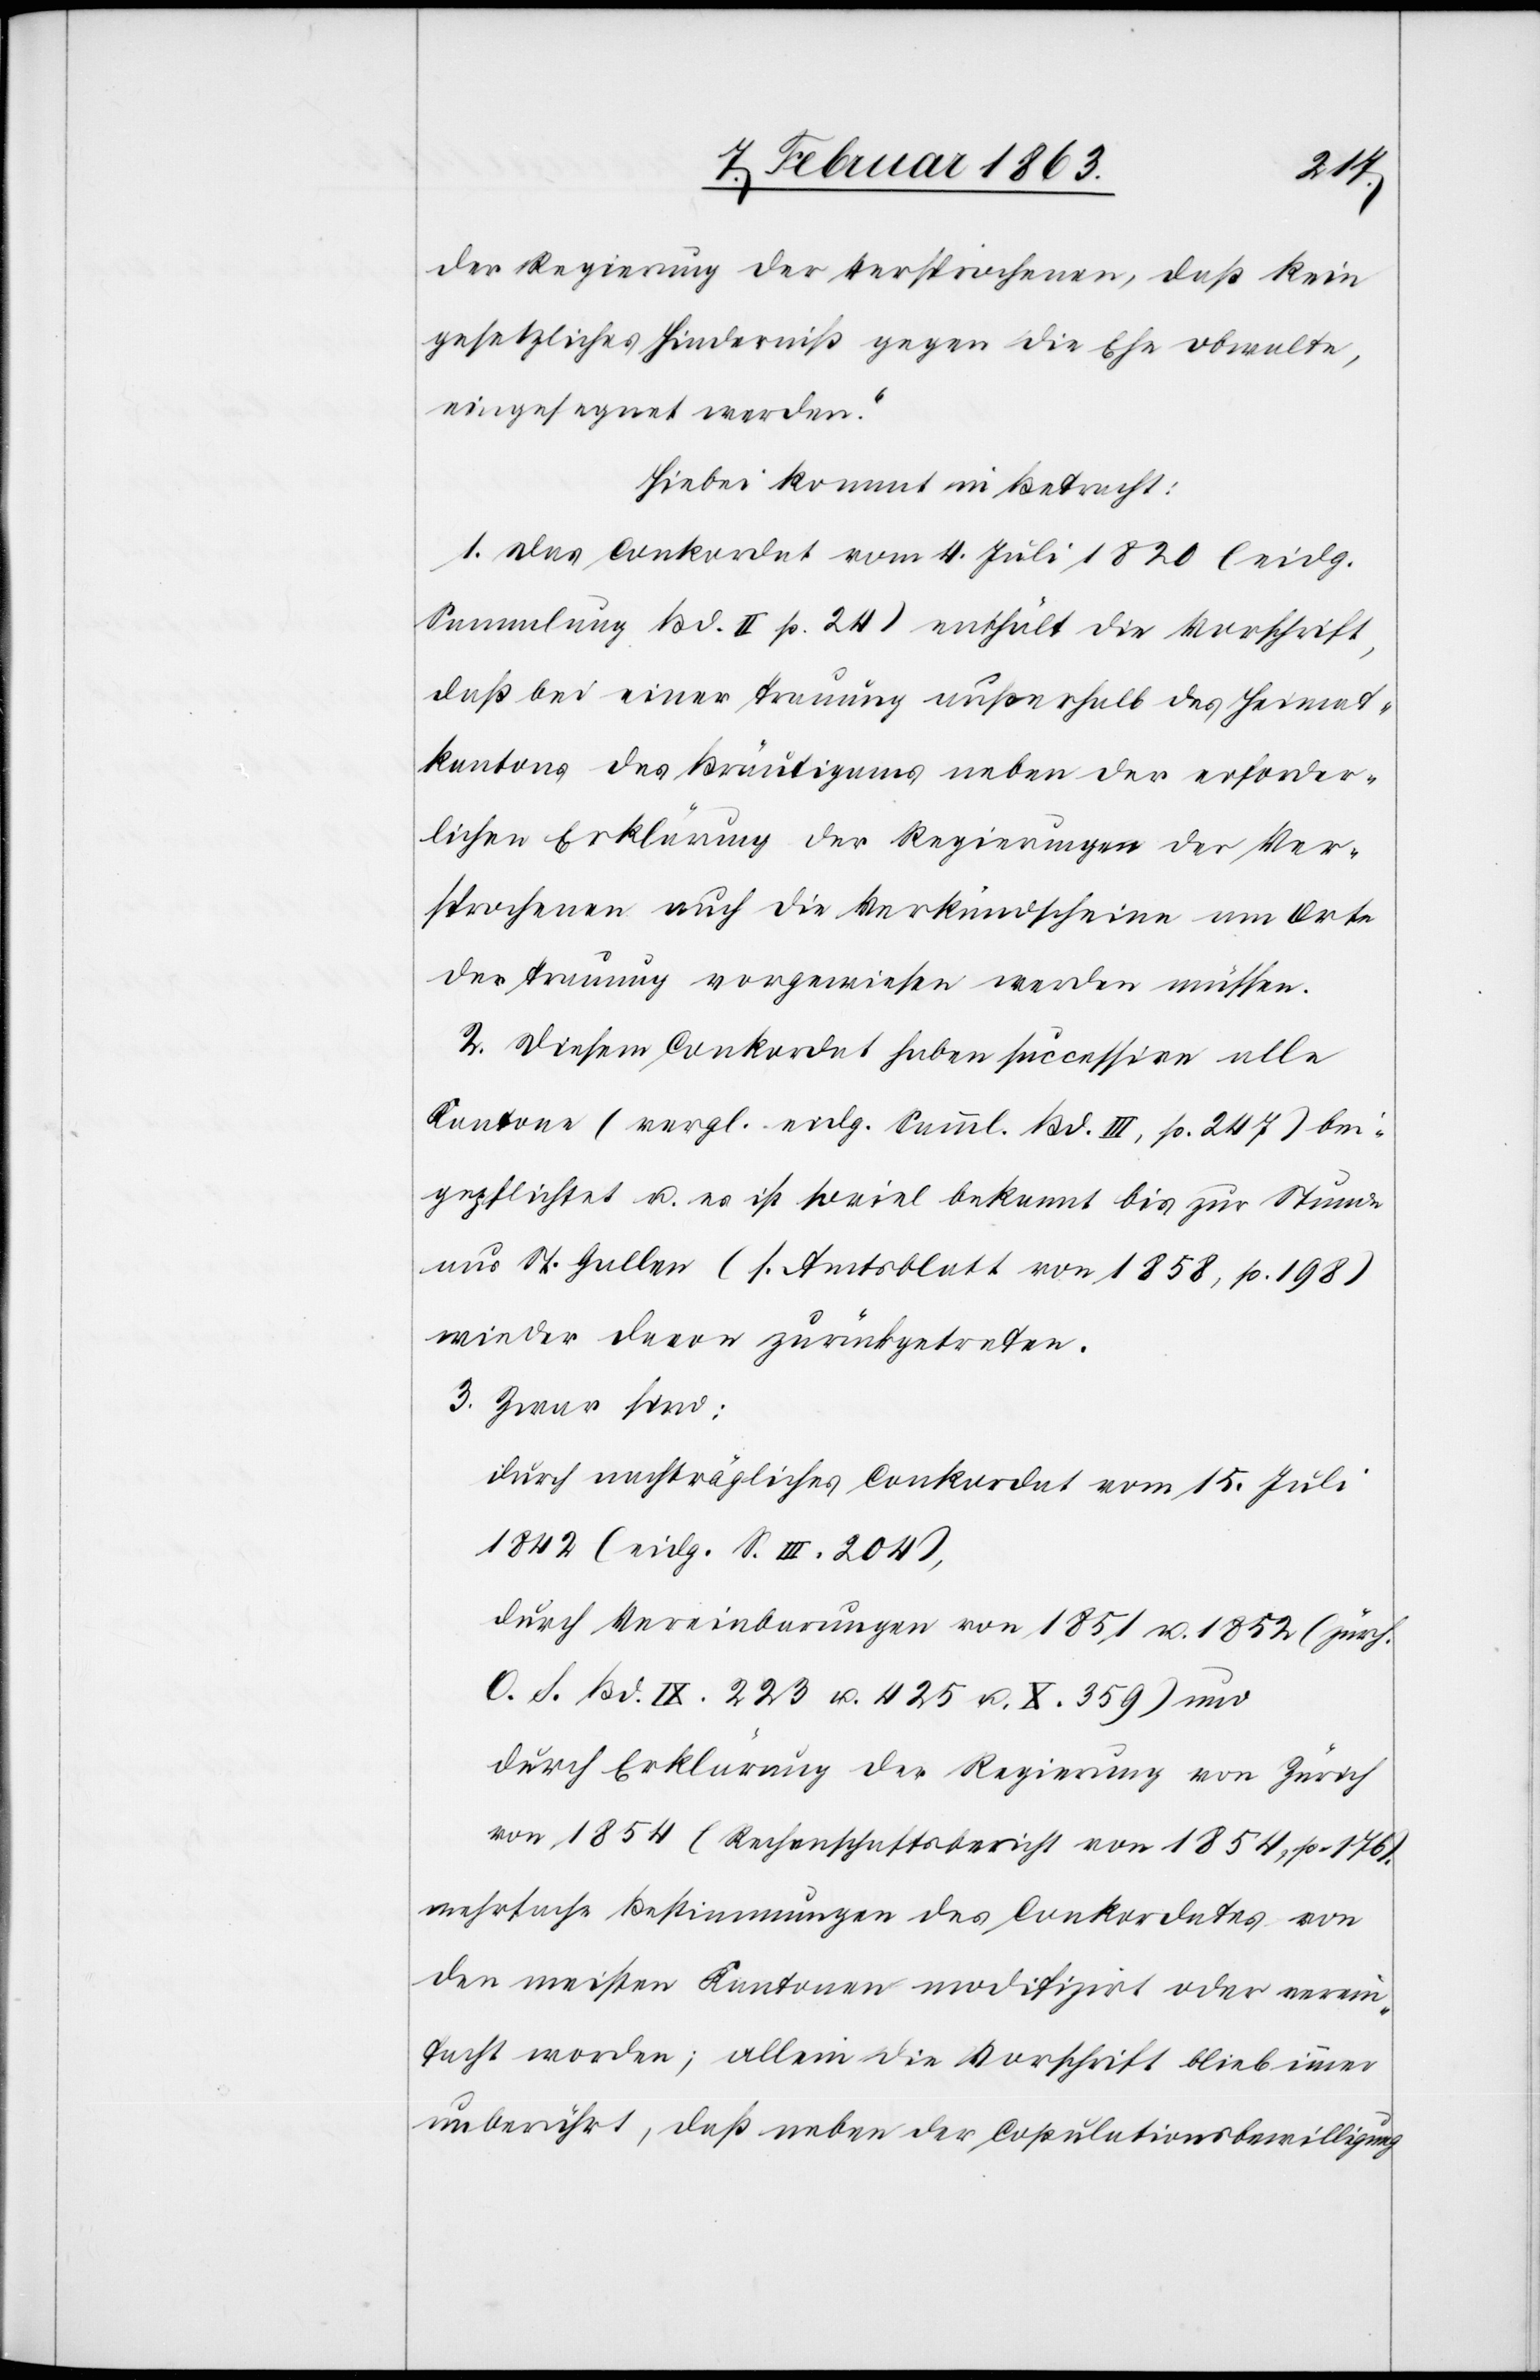
der Regierung der Versprochenen, daß kein
gesetzliches Hinderniß gegen die Ehe obwalte,
eingesegnet werden.“
Hiebei kommt in Betracht:
1. Das Conkordat vom 4. Juli 1820 (eidg.
Sammlung Bd. II p. 24) enthält die Vorschrift,
daß bei einer Trauung außerhalb des Heimat¬
kantons des Bräutigams neben der erforder¬
lichen Erklärung der Regierungen der Ver¬
sprochenen auch die Verkündscheine am Orte
der Trauung vorgewiesen werden müssen.
2. Diesem Conkordat haben successive alle
Kantone (vergl. eidg. Samml. Bd. III, p. 247) bei¬
gepflichtet u. es ist soviel bekannt bis zur Stunde
nur] St. Gallen (s. Amtsblatt von 1858, p. 198)
wieder davon zurückgetreten.
3. Zwar sind:
durch nachträgliches Conkordat vom 15. Juli
1842 (eidg. S. III. 204),
durch Vereinbarungen von 1851 u. 1852 (zürch.
O. S. Bd. IX. 223 u. 425 u. X. 359) und
durch Erklärung der Regierung von Zürich
von 1854 (Rechenschaftsbericht von 1854, p. 176).
mehrfache Bestimmungen des Conkordates von
den meisten Kantonen modifizirt oder verein¬
facht worden; allein die Vorschrift blieb immer
unberührt, daß neben der Copulationsbewilligung